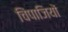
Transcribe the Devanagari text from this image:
चिंपाजियों